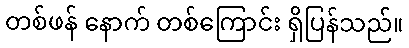
တစ်ဖန် နောက် တစ်ကြောင်း ရှိပြန်သည်။